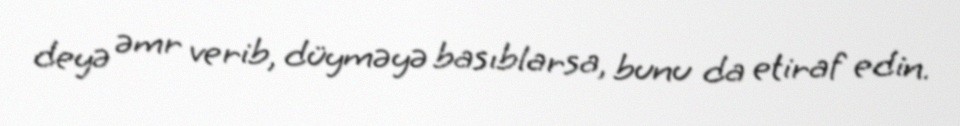
deyə əmr verib, düyməyə basıblarsa, bunu da etiraf edin.